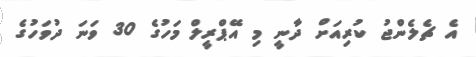
އެ ޗެލެންޖު ކުރިއަށް ދާނީ މި އޭޕްރީލް މަހުގެ 30 ވަނަ ދުވަހުގެ